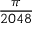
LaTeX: \frac { \pi } { 2 0 4 8 }